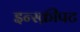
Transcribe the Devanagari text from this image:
इन्स्क्रीपट